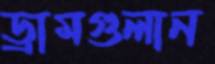
ড্রামগুলান